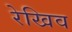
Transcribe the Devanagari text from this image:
रेखिव